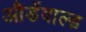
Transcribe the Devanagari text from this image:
औडेंवाल्ड